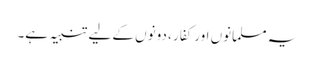
یہ مسلمانوں اور کفار ، دونوں کے لیے تنبیہ ہے۔